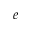
e